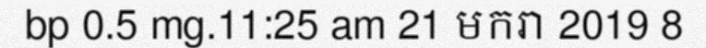
bp 0.5 mg.11:25 am 21 មករា 2019 8